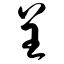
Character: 呈